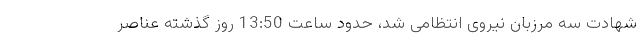
شهادت سه مرزبان نیروی انتظامی شد، حدود ساعت 13:50 روز گذشته عناصر